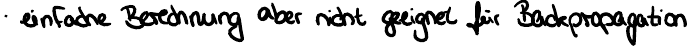
einfache Berechnung aber nicht geeignet für Backpropagation